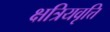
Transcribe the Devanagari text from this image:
क्षत्रियवृत्ति